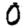
Digit: 0